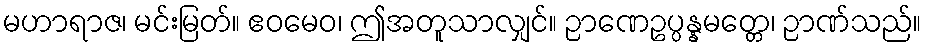
မဟာရာဇ၊ မင်းမြတ်။ ဧဝမေဝ၊ ဤအတူသာလျှင်။ ဉာဏေဥပ္ပန္နမတ္တေ၊ ဉာဏ်သည်။